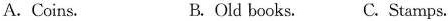
A.Coins. B.Old books. C.Stamps.